Indian journal of veterinary science and animal husbandry - Volume 7,
Year: 1937
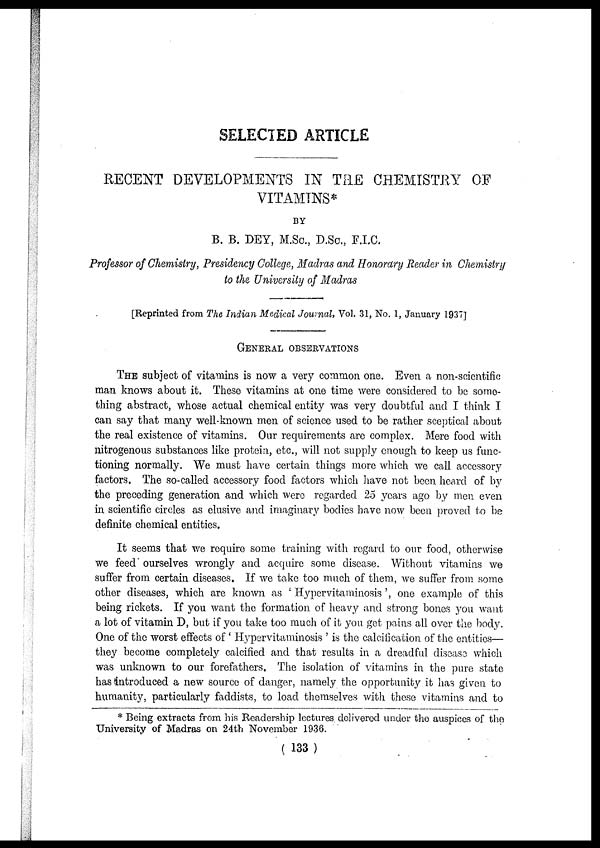
SELECTED ARTICLE
RECENT DEVELOPMENTS IN THE CHEMISTRY OF
VITAMINS*
BY
B. B. DEY, M.Sc., D.Sc., F.I.C.
Professor of Chemistry, Presidency College, Madras and Honorary Reader in Chemistry
to the University of Madras
[Reprinted from The Indian Medical Journal, Vol. 31, No. 1, January 1937]
GENERAL OBSERVATIONS
THE subject of vitamins is now a very common one. Even a non-scientific
man knows about it. These vitamins at one time were considered to be some-
thing abstract, whose actual chemical entity was very doubtful and I think I
can say that many well-known men of science used to be rather sceptical about
the real existence of vitamins. Our requirements are complex. Mere food with,
nitrogenous substances like protein, etc., will not supply enough to keep us func-
tioning normally. We must have certain things more which we call accessory
factors. The so-called accessory food factors which have not been heard of by
the preceding generation and which were regarded 25 years ago by men even
in scientific circles as elusive and imaginary bodies have now been proved to be
definite chemical entities.
It seems that we require some training with regard to our food, otherwise
we feed ourselves wrongly and acquire some disease. Without vitamins we
suffer from certain diseases. If we take too much of them, we suffer from some
other diseases, which are known as ' Hypervitaminosis ', one example of this
being rickets. If you want the formation of heavy and strong bones you want
a lot of vitamin D, but if you take too much of it you get pains all over the body.
One of the worst effects of ' Hypervitaminosis ' is the calcification of the entities—
they become completely calcified and that results in a dreadful disease which
was unknown to our forefathers. The isolation of vitamins in the pure state
has introduced a new source of danger, namely the opportunity it has given to
humanity, particularly faddists, to load themselves with these vitamins and to
* Being extracts from his Readership lectures delivered under the auspices of the
University of Madras on 24th November 1936.
( 133 )